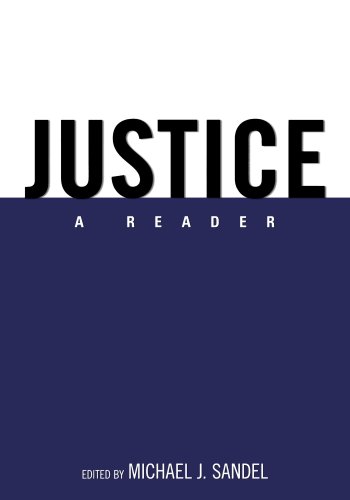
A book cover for Justice: A Reader; Politics & Social Sciences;